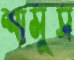
শামুস